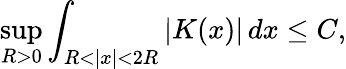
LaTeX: \operatorname*{sup}_{R>0}\int_{R<|x|<2R}|K(x)|\, dx\leq C,